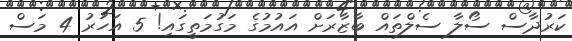
ކަރުދާސް ސޯލާ ސެލްތައް ބާޒާރަށް އައުމުގެ މަގުމަތީގައި! 5 އަހަރު 4 މަސް